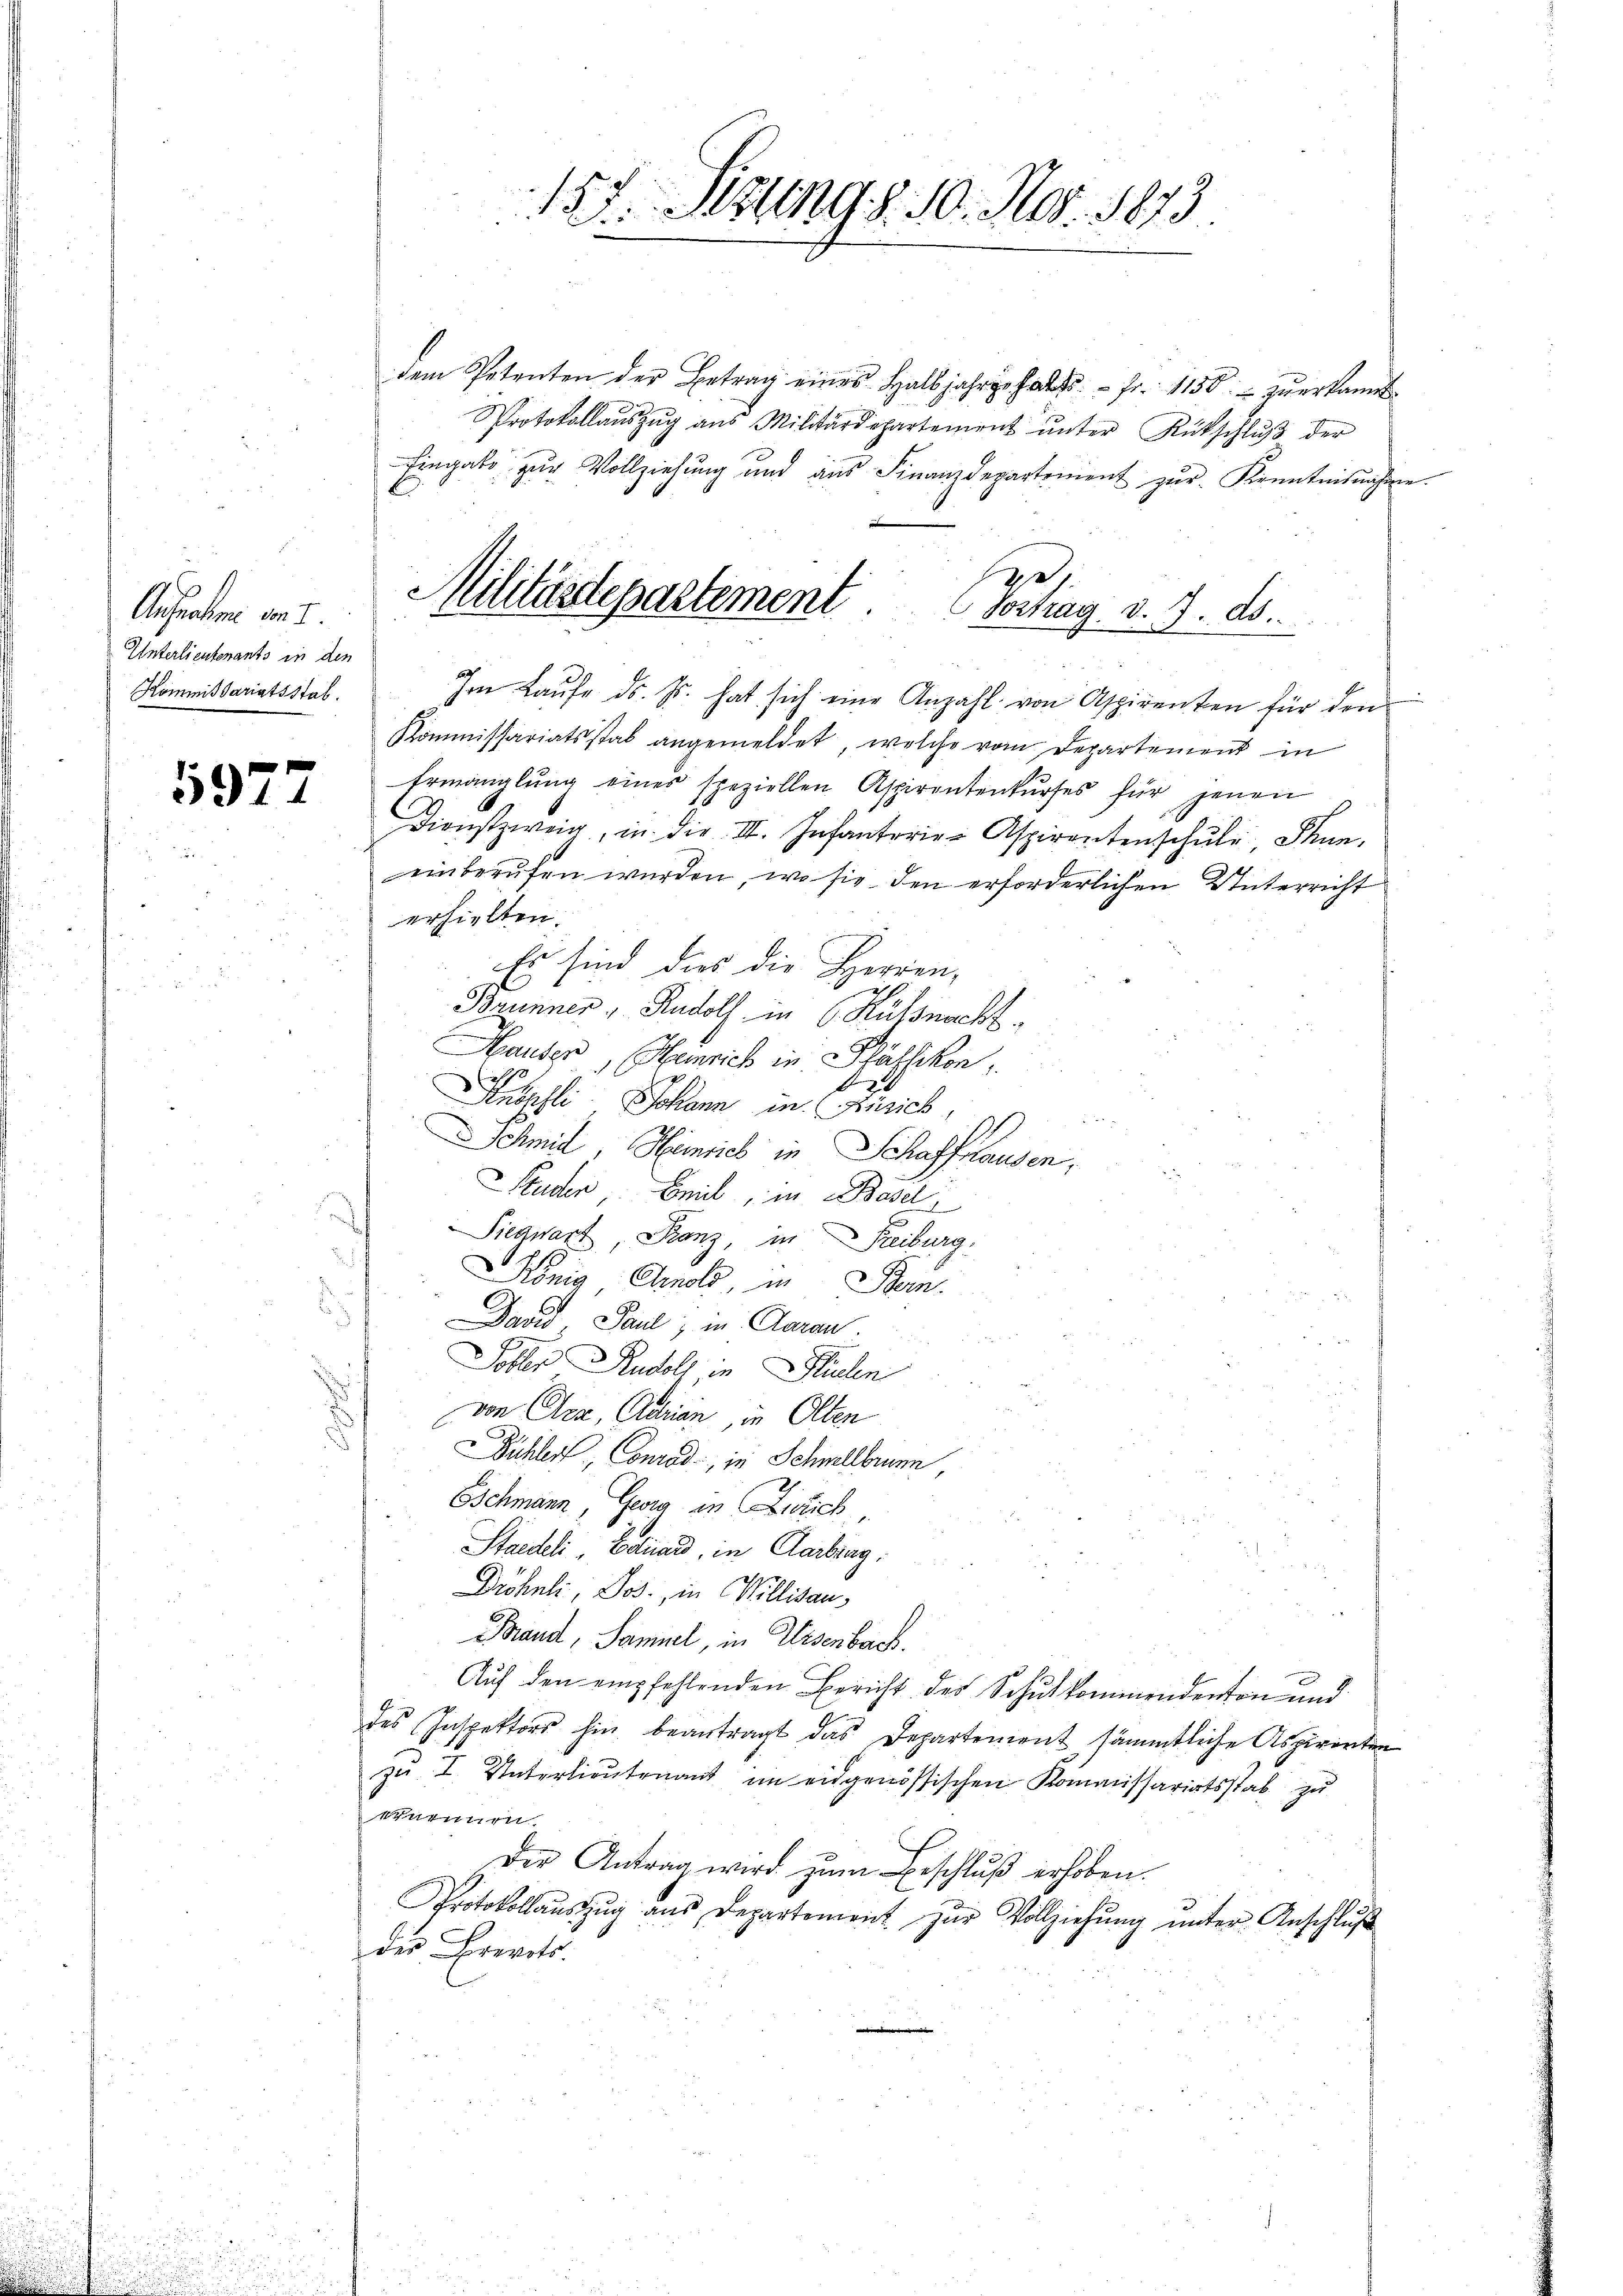
Aufnahme am 2.
Unterlieutenants in den
Kommissariatsstab.

5977

dem Petenten der Betrag eines Halbjahre halts- Fr. 1150.- zŭerkannt.
Protokollaŭszŭg aŭs Militärdepartement ŭnter Rückschlŭβ der
Eingabe zŭr Vollziehŭng und aŭs Finanzdepartement zŭr Kenntnisnahme.
Im Laŭfe ds. Js. hat sich eine Anzahl von Aspirenten für den
Kommissariatsstab angemeldet, welche vom Departement in
Ermanglung eines speziellen Aspirantenkŭrses für jenen
Dienstzweig, in die III. Infanterier Aspirantenschule, Thun,
einberufen wurden, wo sie den erforderlichen Unterricht
erhielten.
Es sind dies die Herren,
Brunner, Rudolf in Küßnacht¬
Hauser, Heinrich in Pfäffikon,
Kahli Johann in Zürich,

Schmid, Heinrich in Schaffhausen,
Studer Emil, in Basel
Siegwart, Franz, in Freiburg,
König Arnold, in Bern.
David Paul, in Garan.
Tobler Rudolf in Flüelen
s
von Olea, Adrian, in Olten
ühler, Conrad, in Schwellbrunn
Schmann, Georg in Lislich,
Staedeli, Eduard, in Aarbung.
Dröhuli, Jos., in Millisau,
Brand, Samuel, in Eisenbach.
Auf den empfehlenden Bericht des Schulkommendenton und
des Inspektors hin beantragt das Departement sämmtliche Aspiranten
zŭ I Unterlieŭtenant im eidgenössischen Kommissariatsstab zu
scuennen.
Der Antrag wird zum Beschluß erhoben.
Protokollaŭszŭg aŭs Departement zŭr Vollziehŭng ŭnter Anschlŭβ
der Frevets

157. Mitung S. 10. Nov. 1873.

s
Militärdepartement Portrag d. 7. ds.